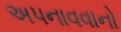
અપનાવવાનો